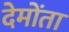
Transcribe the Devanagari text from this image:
देमोंता